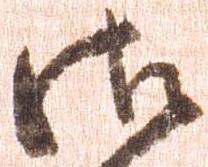
御